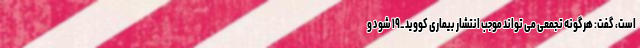
است، گفت: هرگونه تجمعی می تواند موجب انتشار بیماری کووید_۱۹ شود و